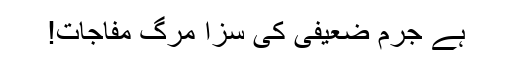
ہے جُرم ضعیفی کی سزا مرگِ مفاجات!